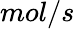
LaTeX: mol/s